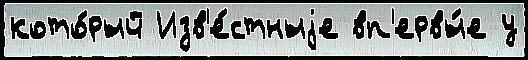
кото́рый Изв'е́стныjе вп'ервы́е у